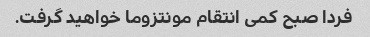
فردا صبح کمی انتقام مونتزوما خواهید گرفت.